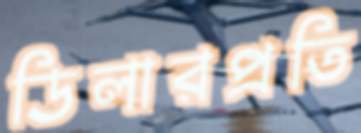
ডিলারপ্রতি